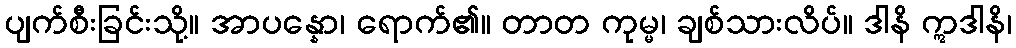
ပျက်စီးခြင်းသို့။ အာပန္နော၊ ရောက်၏။ တာတ ကုမ္မ၊ ချစ်သားလိပ်။ ဒါနိ ဣဒါနိ၊